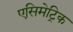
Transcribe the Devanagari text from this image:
एसिमेट्रिक